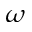
\omega